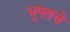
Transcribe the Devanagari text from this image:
भूपतचे